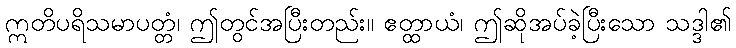
ဣတိပရိသမာပတ္တံ၊ ဤတွင်အပြီးတည်း။ ဧတ္ထာယံ၊ ဤဆိုအပ်ခဲ့ပြီးသော သဒ္ဒါ၏